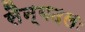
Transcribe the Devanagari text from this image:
सैन्यदलः